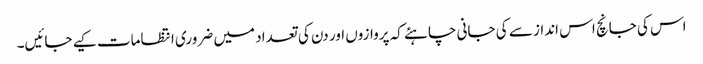
اس کی جانچ اس انداز سے کی جانی چاہئے کہ پروازوں اور دن کی تعداد میں ضروری انتظامات کیے جائیں۔